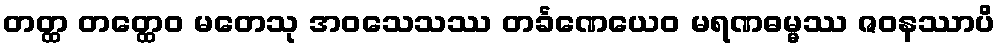
တတ္ထ တတ္ထေဝ မတေသု အဝသေသဿ တင်္ခဏေယေဝ မရဏဓမ္မဿ ဇဝနဿာပိ